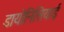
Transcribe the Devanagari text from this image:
डायोनिसियाई